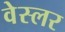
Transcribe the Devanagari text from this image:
वेस्लर